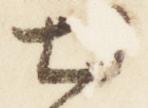
出